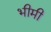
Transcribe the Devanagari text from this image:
भीमी